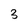
Character: 3